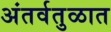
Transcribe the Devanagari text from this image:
अंतर्वतुळात